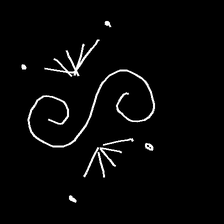
Glyph: aeroform